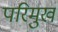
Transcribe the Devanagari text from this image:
परिमुख